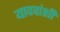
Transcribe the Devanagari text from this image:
यादवांशी